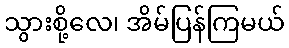
သွားစို့လေ၊ အိမ်ပြန်ကြမယ်